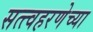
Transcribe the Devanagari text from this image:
सत्त्वहरणेच्या